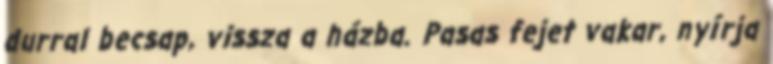
durral becsap, vissza a házba. Pasas fejet vakar, nyírja